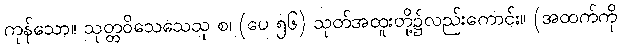
ကုန်သော။ သုတ္တဝိသေသေသု စ၊ (ပေ ၅၆) သုတ်အထူးတို့၌လည်းကောင်း။ (အထက်ကို